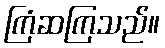
ကြံဆကြသည်။